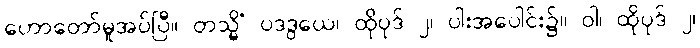
ဟောတော်မူအပ်ပြီ။ တသ္မိံ ပဒဒွယေ၊ ထိုပုဒ် ၂၊ ပါးအပေါင်း၌။ ဝါ၊ ထိုပုဒ် ၂၊